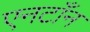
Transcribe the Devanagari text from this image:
एनटाँन